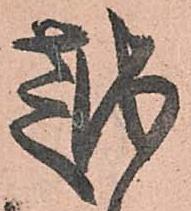
越